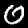
Digit: 0